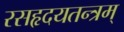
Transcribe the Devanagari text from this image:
रसहृदयतन्त्रम्